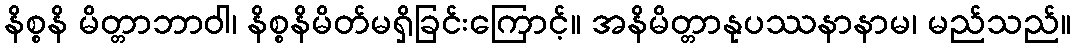
နိစ္စနိ မိတ္တာဘာဝါ၊ နိစ္စနိမိတ်မရှိခြင်းကြောင့်။ အနိမိတ္တာနုပဿနာနာမ၊ မည်သည်။